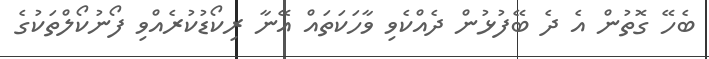
ބެހޭ ގޮތުން އެ ދެ ބޭފުޅުން ދެއްކެވި ވާހަކަތައް އޭނާ ރިކޯޑުކުރެއްވި ފޯނުކޯލްތަކުގެ